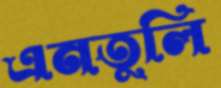
এনতুলি